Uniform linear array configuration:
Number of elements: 4
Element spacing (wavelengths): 0.5
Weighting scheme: hann
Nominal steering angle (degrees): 0
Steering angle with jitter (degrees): -0.6974
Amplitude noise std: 0.05
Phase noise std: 0.05

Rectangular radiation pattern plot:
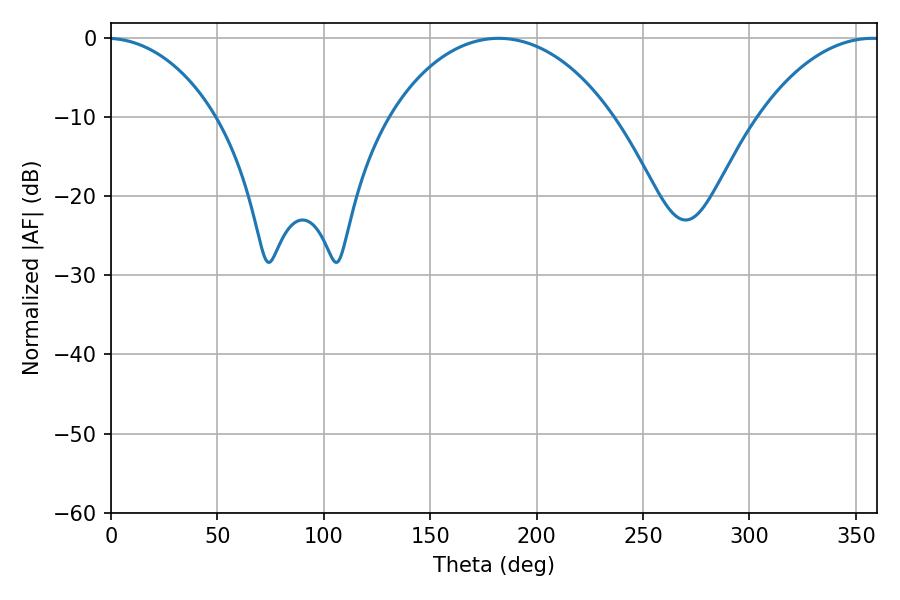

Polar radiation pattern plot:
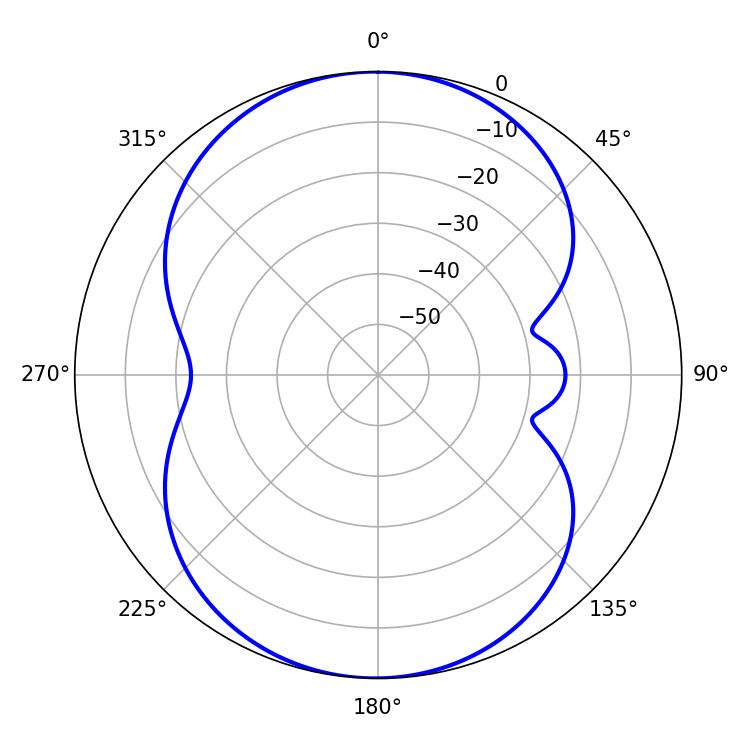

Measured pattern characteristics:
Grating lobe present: FALSE
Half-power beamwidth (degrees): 60.12
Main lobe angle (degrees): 182.16